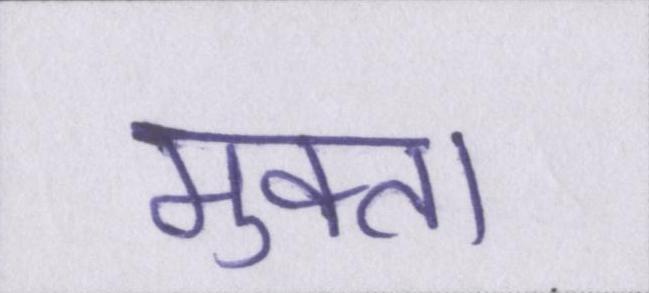
मुक्ता